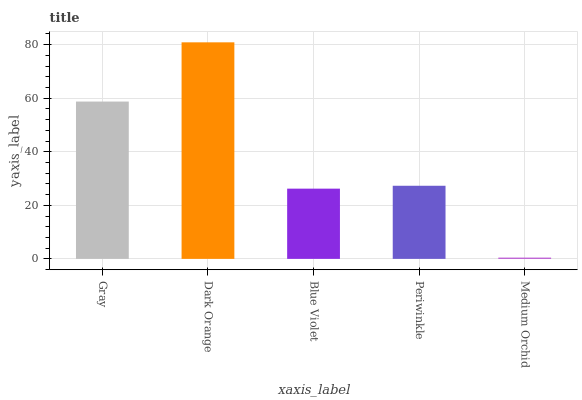
| xaxis_label | bars |
 | --- | --- |
 | Gray | 58.8 |
 | Dark Orange | 80.9 |
 | Blue Violet | 26.2 |
 | Periwinkle | 27.3 |
 | Medium Orchid | 0.473 |